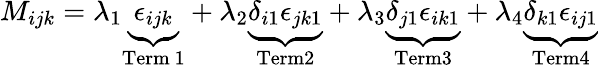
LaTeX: M_{ijk}=\lambda_{1}\underbrace{\epsilon_{ijk}}_{\mathrm{Term~1}}+\lambda_{2}\underbrace{\delta_{i1}\epsilon_{jk1}}_{\mathrm{Term2}}+\lambda_{3}\underbrace{\delta_{j1}\epsilon_{ik1}}_{\mathrm{Term3}}+\lambda_{4}\underbrace{\delta_{k1}\epsilon_{ij1}}_{\mathrm{Term4}}